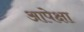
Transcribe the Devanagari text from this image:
आपेक्षा